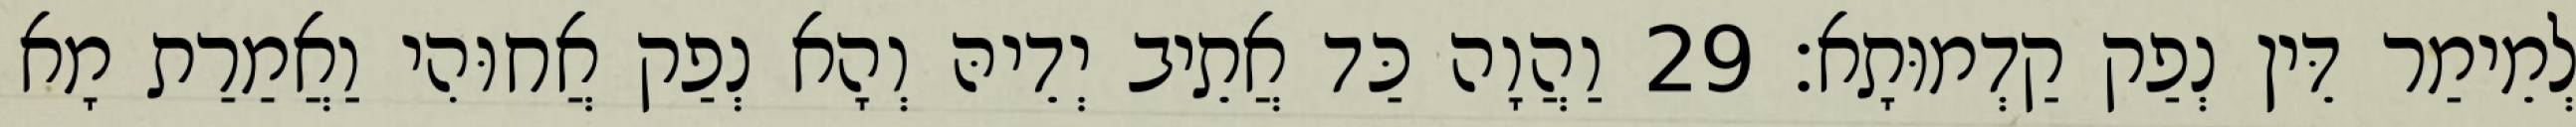
לְמֵימַר דֵּין נְפַק קַדְמוּתָא׃ 29 וַהֲוָה כַּד אֲתֵיב יְדֵיהּ וְהָא נְפַק אֲחוּהִי וַאֲמַרַת מָא